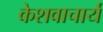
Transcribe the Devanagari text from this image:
केशवाचार्य